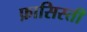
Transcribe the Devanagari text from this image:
फ़ासिस्ती